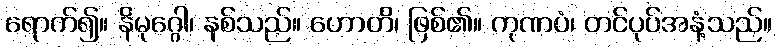
ရောက်၍။ နိမုဂ္ဂေါ၊ နစ်သည်။ ဟောတိ၊ ဖြစ်၏။ ကုဏပံ၊ တင်ပုပ်အနံ့သည်။